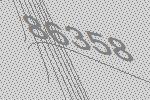
86358